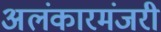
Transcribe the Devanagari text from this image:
अलंकारमंजरी